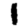
Digit: 1